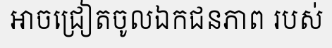
អាចជ្រៀតចូលឯកជនភាព របស់